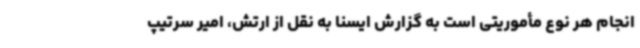
انجام هر نوع مأموریتی است به گزارش ایسنا به نقل از ارتش، امیر سرتیپ